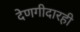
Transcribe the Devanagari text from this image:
देणगीदारही